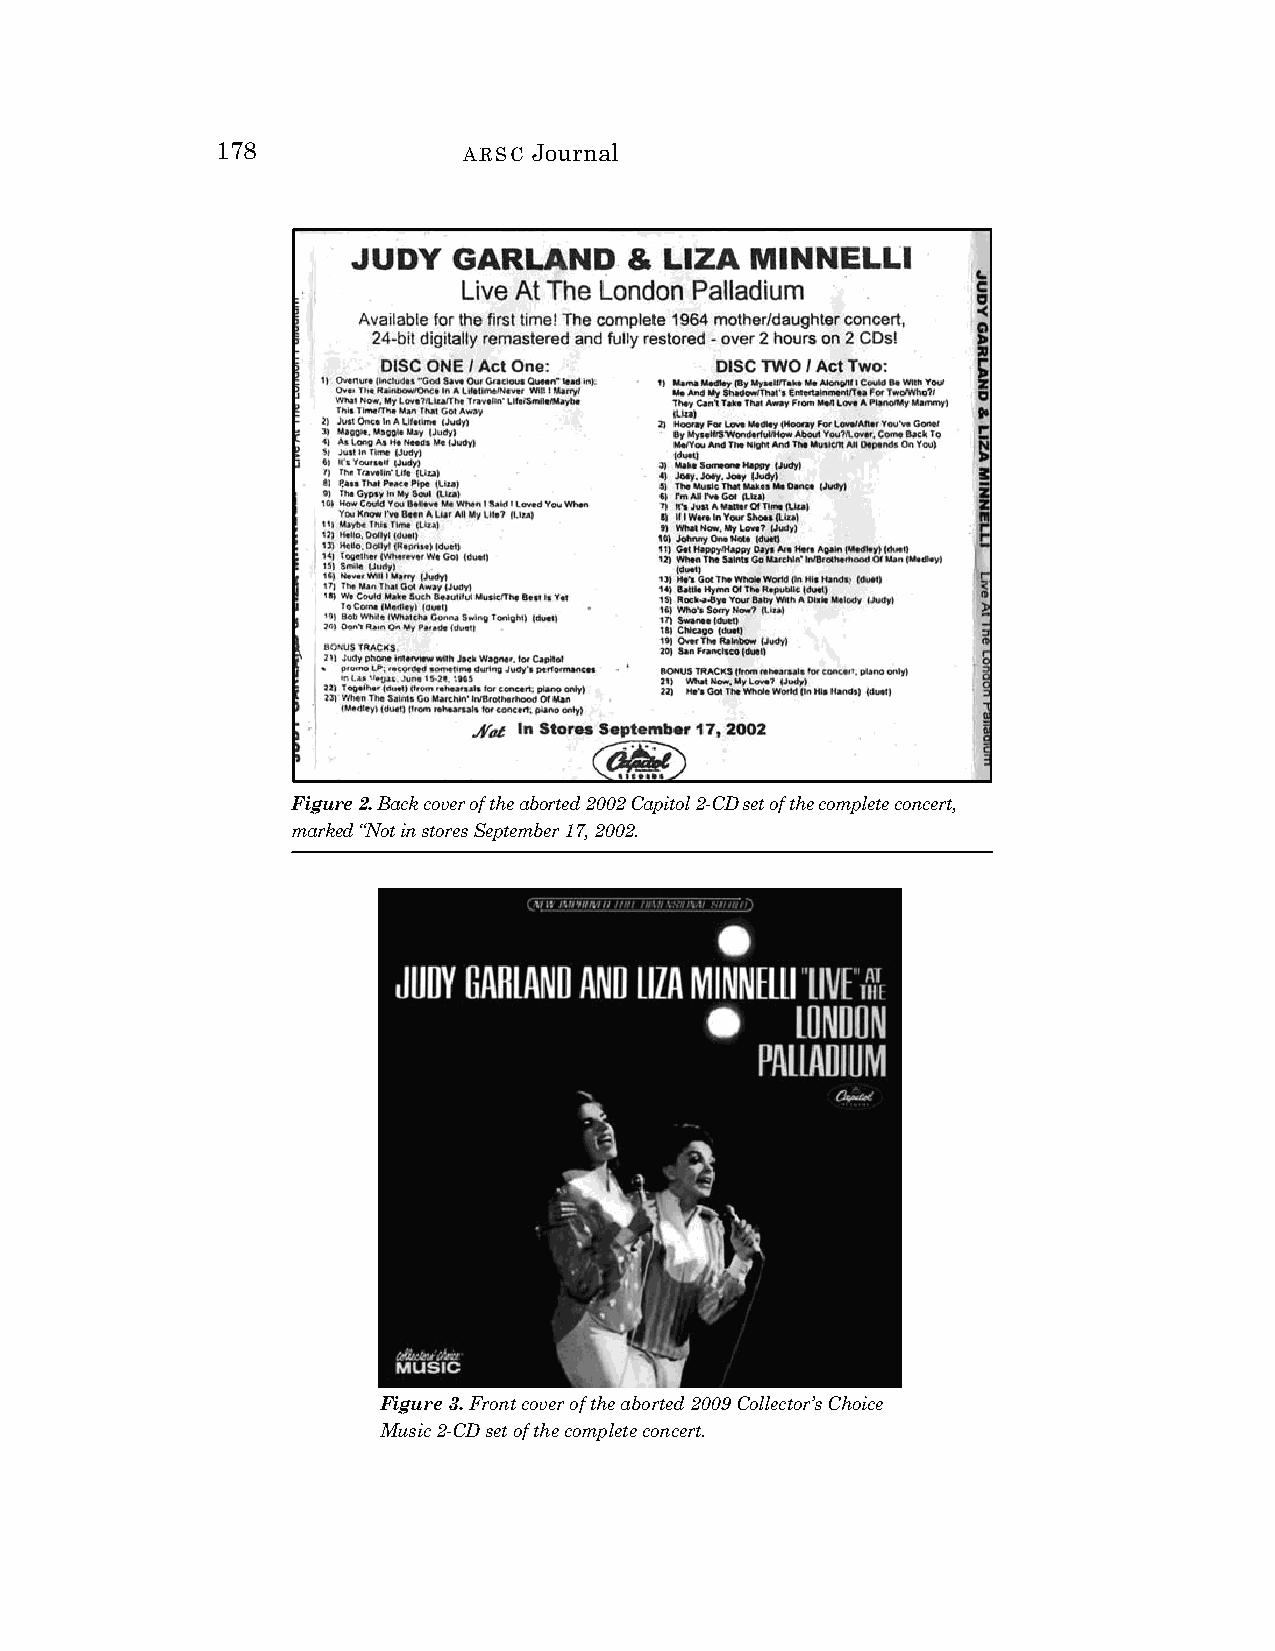
178              ARSC Journal
 Figure 2. Back cover of the aborted 2002 Capitol 2-CD set of the complete concert,
 marked “Not in stores September 17, 2002.
 Figure 3. Front cover of the aborted 2009 Collector’s Choice
 Music 2-CD set of the complete concert.